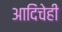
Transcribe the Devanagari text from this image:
आदिंचेही